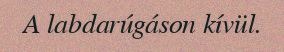
A labdarúgáson kívül.